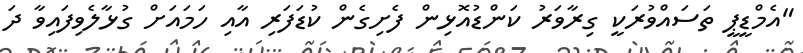
"އެމްޑީޕީ ތަސައްވުރަކީ ގިރާވަރު ކަންޑުއޮޅިން ފެށިގެން ކުޑަފަރި އާއި ހަމައަށް ގުޅާލެވިފައިވާ ދަ